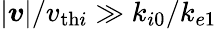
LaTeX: |\boldsymbol{v}|/v_{\mathrm{th}i}\gg k_{i0}/k_{e1}